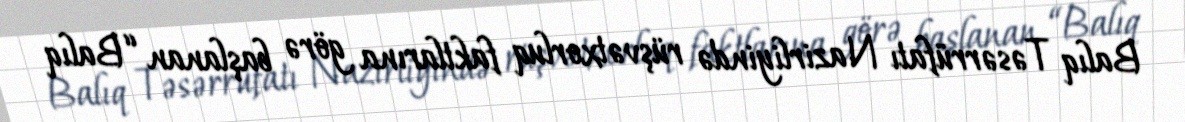
Balıq Təsərrüfatı Nazirliyində rüşvətxorluq faktlarına görə başlanan “Balıq